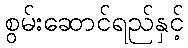
စွမ်းဆောင်ရည်နှင့်